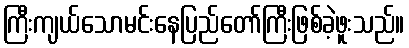
ကြီးကျယ်သောမင်းနေပြည်တော်ကြီးဖြစ်ခဲ့ဖူးသည်။